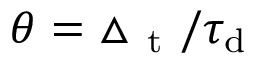
\theta = \triangle _ { \mathrm { ~ t ~ } } / \ensuremath { \tau _ { \mathrm { d } } }